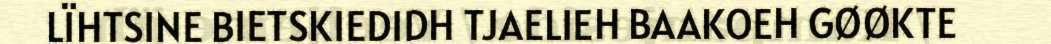
LÏHTSINE BIETSKIEDIDH TJAELIEH BAAKOEH GØØKTE